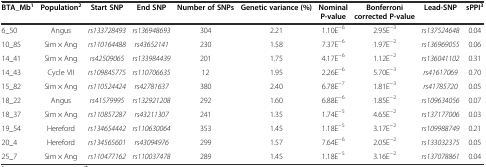
<table><thead><tr><td><b>BTA_Mb<sup>1</sup></b></td><td><b>Population<sup>2</sup></b></td><td><b>Start SNP</b></td><td><b>End SNP</b></td><td><b>Number of SNPs</b></td><td><b>Genetic variance (%)</b></td><td><b>Nominal P-value</b></td><td><b>Bonferroni corrected P-value</b></td><td><b>Lead-SNP</b></td><td><b>sPPI<sup>3</sup></b></td></tr></thead><tbody><tr><td>6_50</td><td>Angus</td><td><i>rs133728493</i></td><td><i>rs136948693</i></td><td>304</td><td>2.21</td><td>1.10E<sup>−6</sup></td><td>2.95E<sup>−3</sup></td><td><i>rs137524648</i></td><td>0.04</td></tr><tr><td>10_85</td><td>Sim × Ang</td><td><i>rs110164488</i></td><td><i>rs43652141</i></td><td>230</td><td>1.58</td><td>7.37E<sup>−6</sup></td><td>1.97E<sup>−2</sup></td><td><i>rs136969055</i></td><td>0.06</td></tr><tr><td>14_41</td><td>Sim × Ang</td><td><i>rs42509065</i></td><td><i>rs133984439</i></td><td>201</td><td>1.75</td><td>4.17E<sup>−6</sup></td><td>1.12E<sup>−2</sup></td><td><i>rs136041102</i></td><td>0.31</td></tr><tr><td>14_43</td><td>Cycle VII</td><td><i>rs109845775</i></td><td><i>rs110706635</i></td><td>12</td><td>1.95</td><td>2.26E<sup>−6</sup></td><td>5.70E<sup>−3</sup></td><td><i>rs41617069</i></td><td>0.70</td></tr><tr><td>15_82</td><td>Sim × Ang</td><td><i>rs110524424</i></td><td><i>rs42781637</i></td><td>380</td><td>2.40</td><td>6.78E<sup>−7</sup></td><td>1.81E<sup>−3</sup></td><td><i>rs41785720</i></td><td>0.05</td></tr><tr><td>18_22</td><td>Angus</td><td><i>rs41579995</i></td><td><i>rs132921208</i></td><td>292</td><td>1.60</td><td>6.88E<sup>−6</sup></td><td>1.85E<sup>−2</sup></td><td><i>rs109634056</i></td><td>0.07</td></tr><tr><td>18_37</td><td>Sim × Ang</td><td><i>rs110857287</i></td><td><i>rs43211307</i></td><td>241</td><td>1.35</td><td>1.74E<sup>−5</sup></td><td>4.65E<sup>−2</sup></td><td><i>rs137177006</i></td><td>0.03</td></tr><tr><td>19_54</td><td>Hereford</td><td><i>rs134654442</i></td><td><i>rs110630064</i></td><td>353</td><td>1.45</td><td>1.18E<sup>−5</sup></td><td>3.17E<sup>−2</sup></td><td><i>rs109988749</i></td><td>0.21</td></tr><tr><td>20_4</td><td>Hereford</td><td><i>rs134565601</i></td><td><i>rs43094976</i></td><td>299</td><td>1.57</td><td>7.64E<sup>−6</sup></td><td>2.05E<sup>−2</sup></td><td><i>rs133032375</i></td><td>0.05</td></tr><tr><td>25_7</td><td>Sim × Ang</td><td><i>rs110477162</i></td><td><i>rs110037478</i></td><td>289</td><td>1.45</td><td>1.18E<sup>−5</sup></td><td>3.16E<sup>−2</sup></td><td><i>rs137078861</i></td><td>0.04</td></tr></tbody></table>